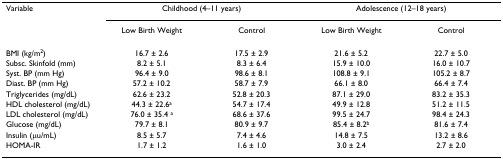
<table><thead><tr><td><b>Variable</b></td><td colspan="2"><b>Childhood (4–11 years)</b></td><td colspan="2"><b>Adolescence (12–18 years)</b></td></tr><tr><td></td><td><b>Low Birth Weight</b></td><td><b>Control</b></td><td><b>Low Birth Weight</b></td><td><b>Control</b></td></tr></thead><tbody><tr><td>BMI (kg/m<sup>2</sup>)</td><td>16.7 ± 2.6</td><td>17.5 ± 2.9</td><td>21.6 ± 5.2</td><td>22.7 ± 5.0</td></tr><tr><td>Subsc. Skinfold (mm)</td><td>8.2 ± 5.1</td><td>8.3 ± 6.4</td><td>15.9 ± 10.0</td><td>16.0 ± 10.7</td></tr><tr><td>Syst. BP (mm Hg)</td><td>96.4 ± 9.0</td><td>98.6 ± 8.1</td><td>108.8 ± 9.1</td><td>105.2 ± 8.7</td></tr><tr><td>Diast. BP (mm Hg)</td><td>57.2 ± 10.2</td><td>58.7 ± 7.9</td><td>66.1 ± 8.0</td><td>66.4 ± 7.4</td></tr><tr><td>Triglycerides (mg/dL)</td><td>62.6 ± 23.2</td><td>52.8 ± 20.3</td><td>87.1 ± 29.0</td><td>83.2 ± 35.3</td></tr><tr><td>HDL cholesterol (mg/dL)</td><td>44.3 ± 22.6<sup>a</sup></td><td>54.7 ± 17.4</td><td>49.9 ± 12.8</td><td>51.2 ± 11.5</td></tr><tr><td>LDL cholesterol (mg/dL)</td><td>76.0 ± 35.4 <sup>a</sup></td><td>68.6 ± 37.6</td><td>99.5 ± 24.7</td><td>98.4 ± 24.3</td></tr><tr><td>Glucose (mg/dL)</td><td>79.7 ± 8.1</td><td>80.9 ± 9.7</td><td>85.4 ± 8.2<sup>b</sup></td><td>81.6 ± 7.4</td></tr><tr><td>Insulin (μu/mL)</td><td>8.5 ± 5.7</td><td>7.4 ± 4.6</td><td>14.8 ± 7.5</td><td>13.2 ± 8.6</td></tr><tr><td>HOMA-IR</td><td>1.7 ± 1.2</td><td>1.6 ± 1.0</td><td>3.0 ± 2.4</td><td>2.7 ± 2.0</td></tr></tbody></table>